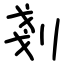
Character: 剗